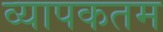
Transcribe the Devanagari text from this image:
व्यापकतम